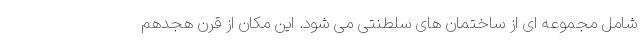
شامل مجموعه ای از ساختمان های سلطنتی می شود. این مکان از قرن هجدهم